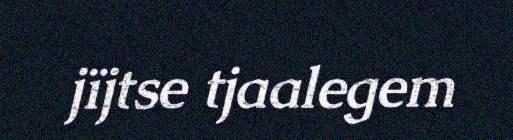
jïjtse tjaalegem